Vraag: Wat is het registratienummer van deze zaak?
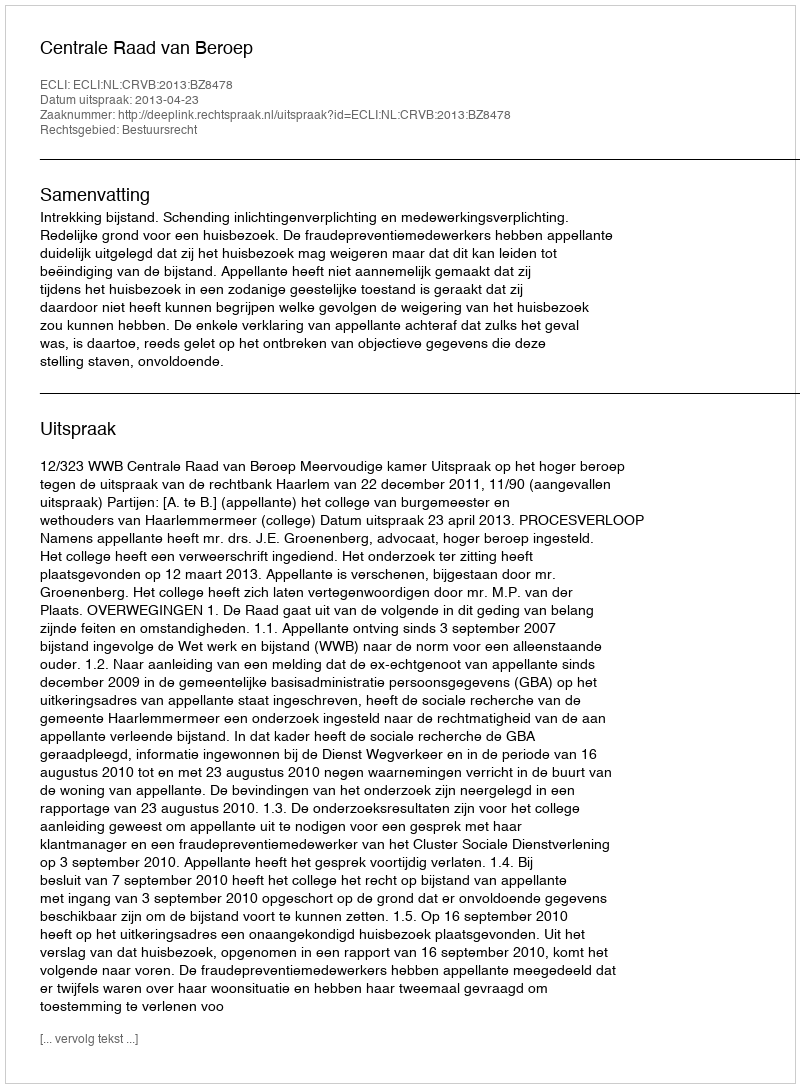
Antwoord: http://deeplink.rechtspraak.nl/uitspraak?id=ECLI:NL:CRVB:2013:BZ8478